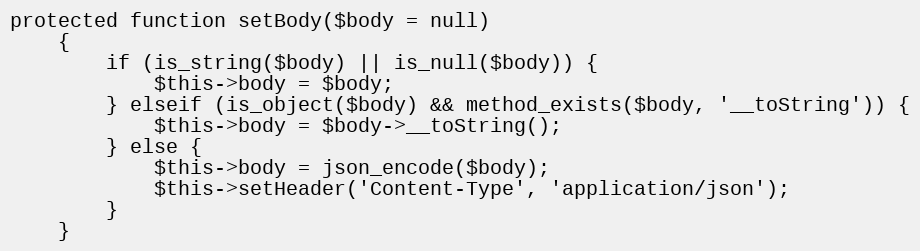
Language: PHP
protected function setBody($body = null)
    {
        if (is_string($body) || is_null($body)) {
            $this->body = $body;
        } elseif (is_object($body) && method_exists($body, '__toString')) {
            $this->body = $body->__toString();
        } else {
            $this->body = json_encode($body);
            $this->setHeader('Content-Type', 'application/json');
        }
    }